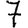
Digit: 7